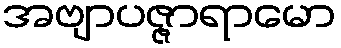
အဗျာပဇ္ဇာရာမော